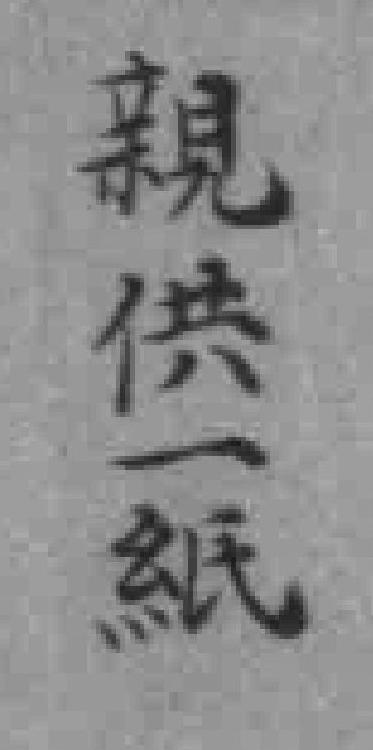
親供一紙